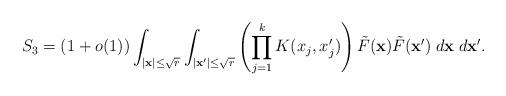
LaTeX: \begin{align*}S_3 = (1 + o(1))\int_{|\mathbf{x}| \leq \sqrt{r}} \int_{|\mathbf{x'}| \leq \sqrt{r}} \left(\prod_{j = 1}^k K(x_j, x_j')\right) \tilde{F}(\mathbf{x})\tilde{F}(\mathbf{x'})\;d\mathbf{x}\;d\mathbf{x'}.\end{align*}